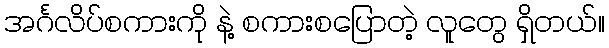
အင်္ဂလိပ်စကားကို နဲ့ စကားစပြောတဲ့ လူတွေ ရှိတယ်။